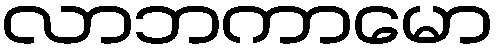
လာဘကာမော